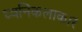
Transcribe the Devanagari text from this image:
ध्वनिकलाकार